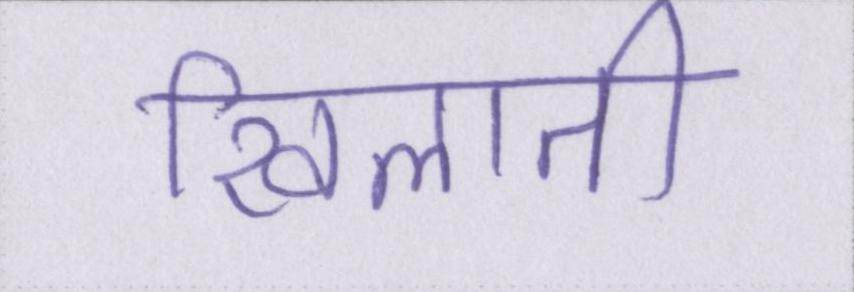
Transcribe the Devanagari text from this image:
खिलाती